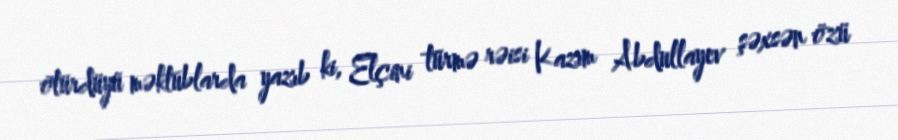
ötürdüyü məktublarda yazıb ki, Elçini türmə rəisi Kazım Abdullayev şəxsən özü